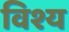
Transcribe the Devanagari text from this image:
विश्य